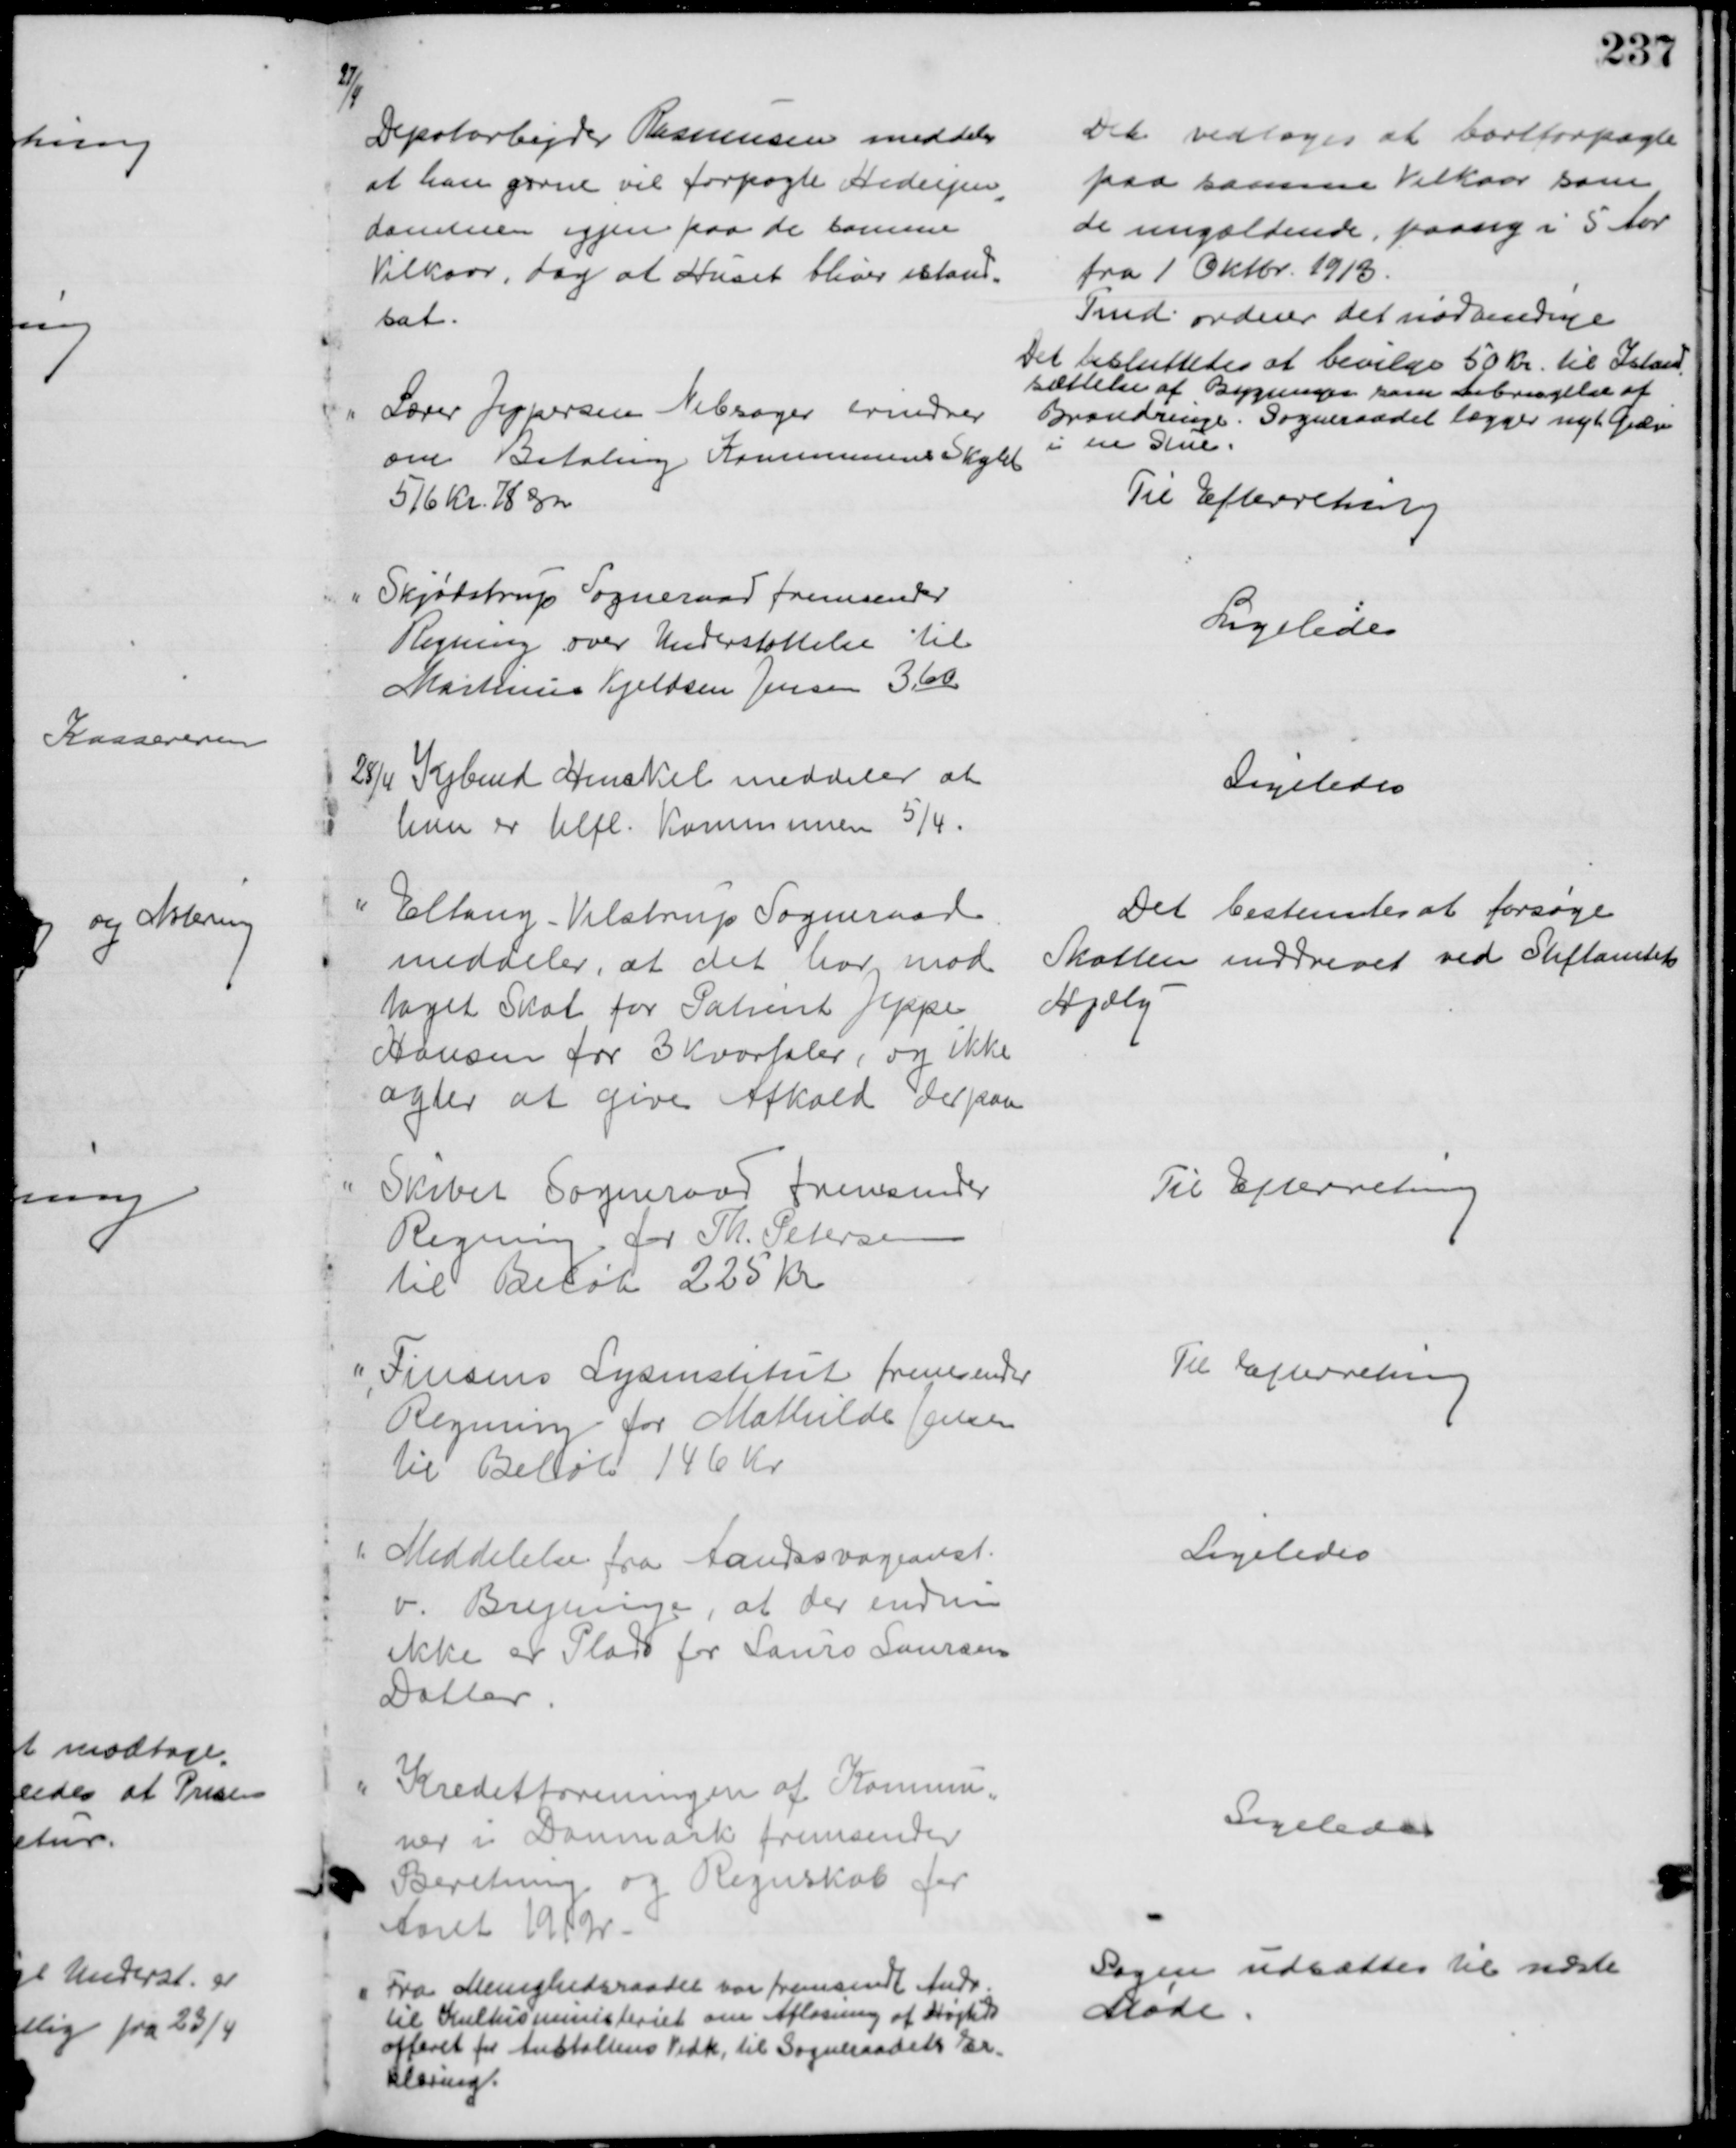
Transskription:
27/4
Depotarbejder Rasmussen meddeler,
at han gerne vil forpagte Hedeejen
=
dommen igjen paa de samme
Vilkaar, dog at Huset bliver istand=
sat.
Det vedtoges at bortforpagte 
paa samme Vilkaar som
de nugældende, paasig i 5 Aar
fra 1 Oktbr. 1913.
Fmd. ordner det nødvendige
Det besluttedes at bevilge 50 Kr. til Istand
=
sættelse af Bygninger sam Anbringelse af 
Brandringe. Sogneraadet lægger nyt Gulv
i en Stue.
Lærer Jespersen Nebsager erindrer
om Betaling Kommunens Skyld
516 Kr. 78 Øre
Til Efterretning
Skjødstrup Sogneraad fremsender
Regning over Understøttelse til
Martinus Kjeldsen Jensen 3,60
Ligeledes
28/4 Købmd Henckel meddeler at
han er tilfl. Kommunen 5/4.
Ligeledes
Eltang-Vilstrup Sogneraad
meddeler, at det har mod
taget Skat for Patient Jeppe
Hansen for 3 Kvartaler, og ikke
agter at give Afkald derpaa
Det bestemtes at forsøge
Skatten inddrevet ved Stiftamtets
Hjælp
Skibet Sogneraad fremsender
Regning for Th. Petersen
til Beløb 225 Kr
Til Efterretning
Finsens Lysinstitut fremsender
Regning for Mathilde Jensen
til Beløb 146 Kr
Til Efterretning
Meddelelse fra Aandssvageanst.
v. Brejninge, at der endnu
ikke er Plads for Laurs Laursens
Datter.
Ligeledes
Kreditforeningen af Kommu=
ner i Danmark fremsender
Beretning og Regnskab for
Aaret 1912.
Ligeledes
Fra Menighedsraadet var fremsendt Andr.
til Kulturministeriet om Afløsning af Højtids
offeret for Anstaltens Vedk. til Sogneraadets Er-
klæring.
Sagen udsættes til næste 
Møde.